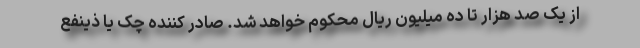
از یک صد هزار تا ده میلیون ریال محکوم خواهد شد. صادر کننده چک یا ذینفع